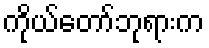
ကိုယ်တော်ဘုရားက